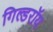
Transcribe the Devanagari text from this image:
गिल्डरॉय